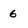
Character: 6